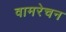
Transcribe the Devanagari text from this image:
वामरेचन